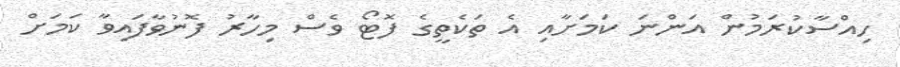
ހިއްސާކުރަމުން އަންނަ ކަމަށާއި އެ ތަކެތީގެ ފޮޓޯ ވެސް މިހާރު ފޮނުވާފައިވާ ކަމަށް